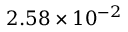
2 . 5 8 \times 1 0 ^ { - 2 }